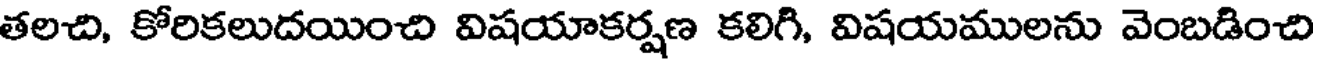
తలచి, కోరికలుదయించి విషయాకర్షణ కలిగి, విషయములను వెంబడించి